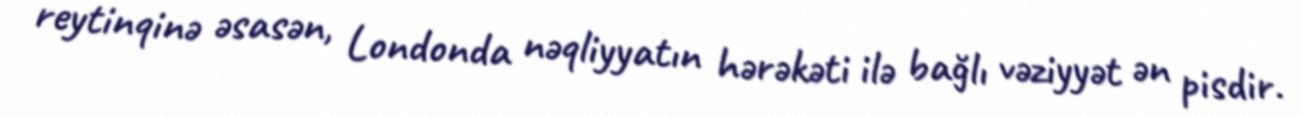
reytinqinə əsasən, Londonda nəqliyyatın hərəkəti ilə bağlı vəziyyət ən pisdir.